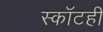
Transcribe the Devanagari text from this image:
स्कॉटही